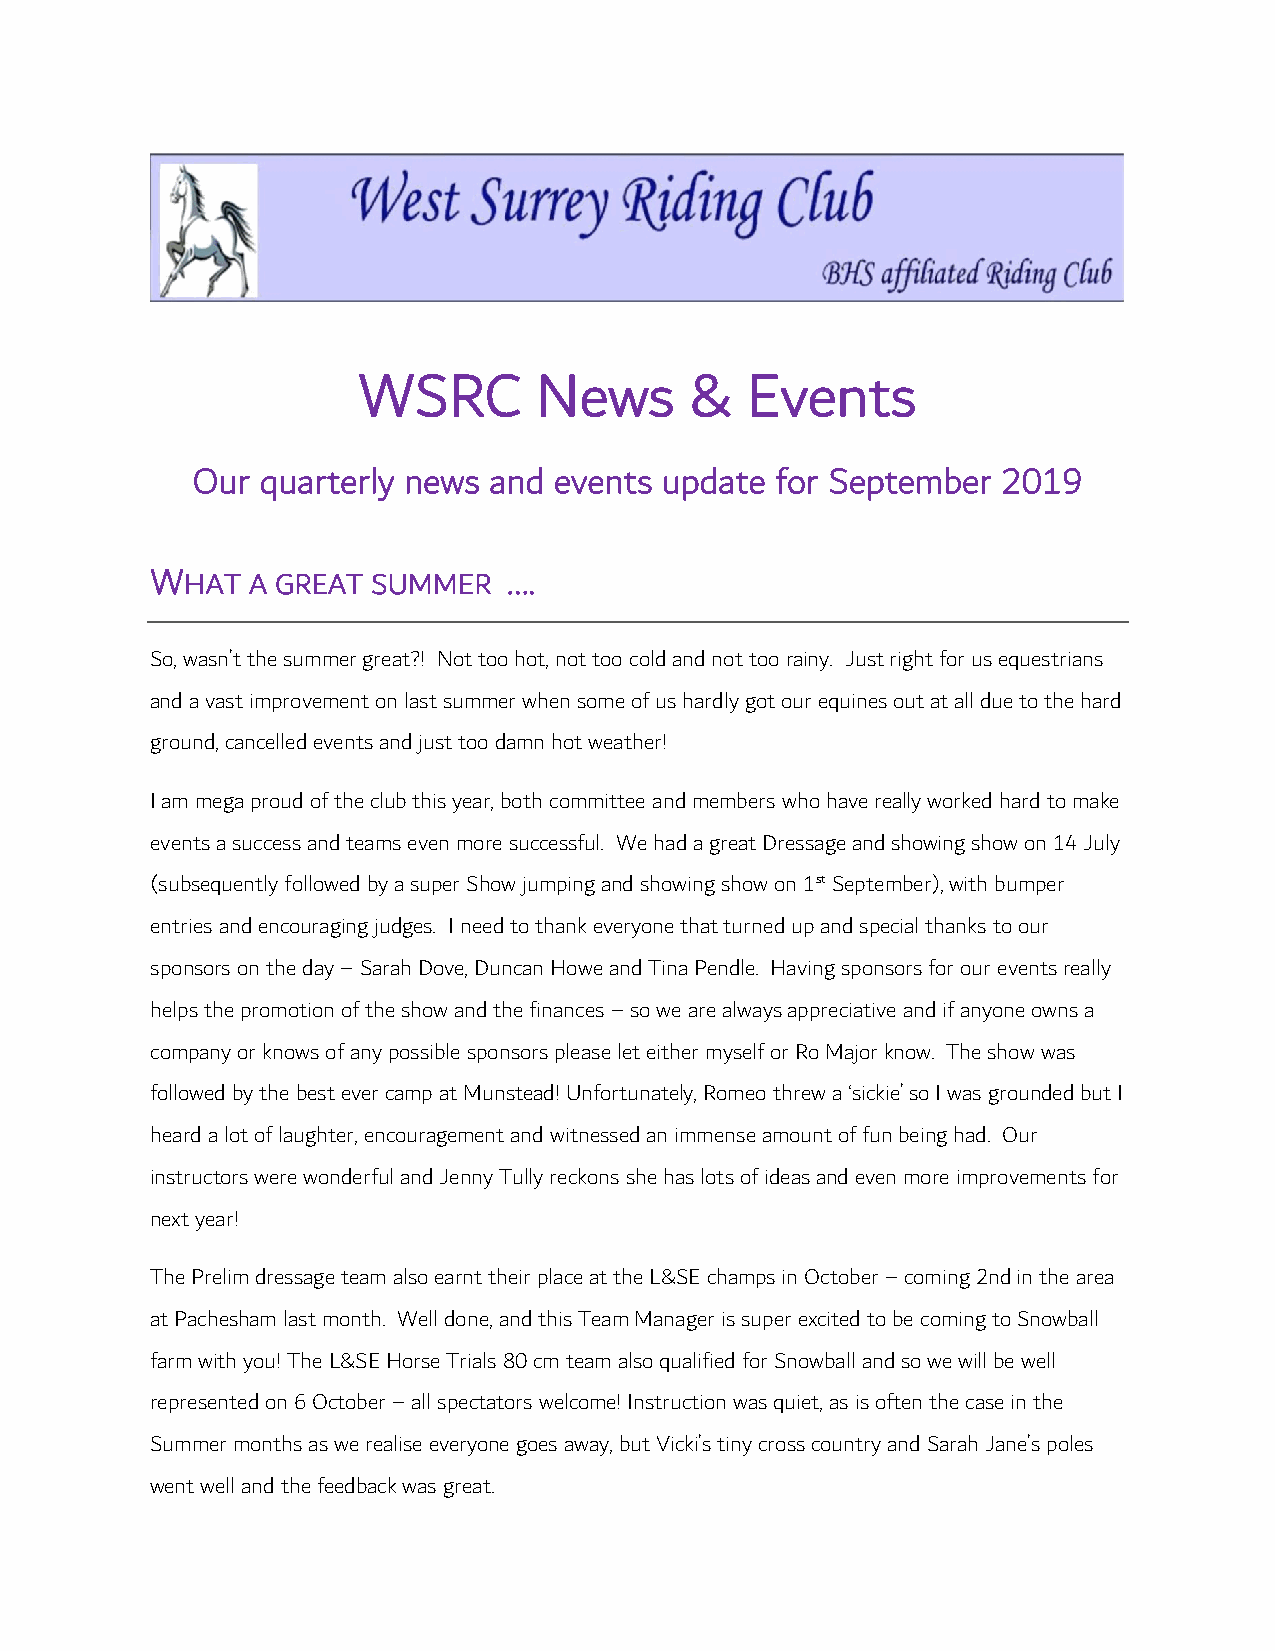
WSRC       News       &  Events
 Our quarterly news and  events update for September  2019
 WHAT  A GREAT  SUMMER   ….
 So, wasn’t the summer great?! Not too hot, not too cold and not too rainy. Just right for us equestrians
 and a vast improvement on last summer when some of us hardly got our equines out at all due to the hard
 ground, cancelled events and just too damn hot weather!
 I am mega proud of the club this year, both committee and members who have really worked hard to make
 events a success and teams even more successful. We had a great Dressage and showing show on 14 July
 (subsequently followed by a super Show jumping and showing show on 1st September), with bumper
 entries and encouraging judges. I need to thank everyone that turned up and special thanks to our
 sponsors on the day – Sarah Dove, Duncan Howe and Tina Pendle. Having sponsors for our events really
 helps the promotion of the show and the finances – so we are always appreciative and if anyone owns a
 company or knows of any possible sponsors please let either myself or Ro Major know. The show was
 followed by the best ever camp at Munstead! Unfortunately, Romeo threw a ‘sickie’ so I was grounded but I
 heard a lot of laughter, encouragement and witnessed an immense amount of fun being had. Our
 instructors were wonderful and Jenny Tully reckons she has lots of ideas and even more improvements for
 next year!
 The Prelim dressage team also earnt their place at the L&SE champs in October – coming 2nd in the area
 at Pachesham last month. Well done, and this Team Manager is super excited to be coming to Snowball
 farm with you! The L&SE Horse Trials 80 cm team also qualified for Snowball and so we will be well
 represented on 6 October – all spectators welcome! Instruction was quiet, as is often the case in the
 Summer months as we realise everyone goes away, but Vicki’s tiny cross country and Sarah Jane’s poles
 went well and the feedback was great.